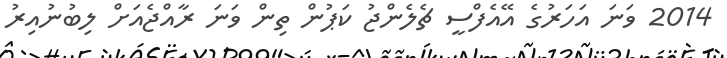
2014 ވަނަ އަހަރުގެ އޭއެފްސީ ޗެލެންޖު ކަޕުން ތިން ވަނަ ރާއްޖެއަށް ލިބުނުއިރު